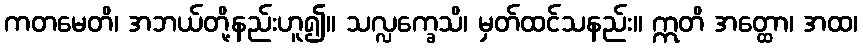
ကတမေတိ၊ အဘယ်တို့နည်းဟူ၍။ သလ္လက္ခေသိ၊ မှတ်ထင်သနည်း။ ဣတိ အတ္ထော၊ အထ၊